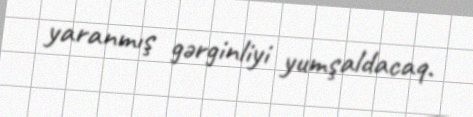
yaranmış gərginliyi yumşaldacaq.